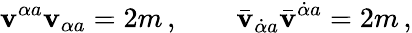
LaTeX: \mathbf{v}^{\alpha{}a}\mathbf{v}_{\alpha{}a}=2m\, ,\qquad\bar{{\mathbf{v}}}_{\dot{{\alpha}}{}a}\bar{{\mathbf{v}}}^{\dot{{\alpha}}{}a}=2m\, ,